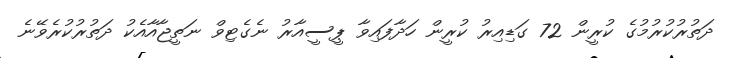
ދަތުރުކުރުމުގެ ކުރީން 72 ގަޑިއިރު ކުރީން ހަދާފައިވާ ޕީސީއާރު ނެގެޓިވް ނަތީޖާއާއެކު ދަތުރުކުރެވޭނެ